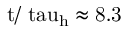
\mathrm { t / \ t a u _ { h } \approx 8 . 3 }